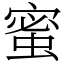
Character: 蜜